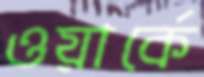
ওয়ার্কে